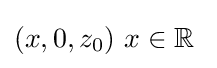
(x,0,z_{0})\ x\in \mathbb {R} \